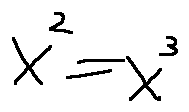
x ^ { 2 } = x ^ { 3 }